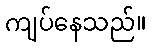
ကျပ်နေသည်။